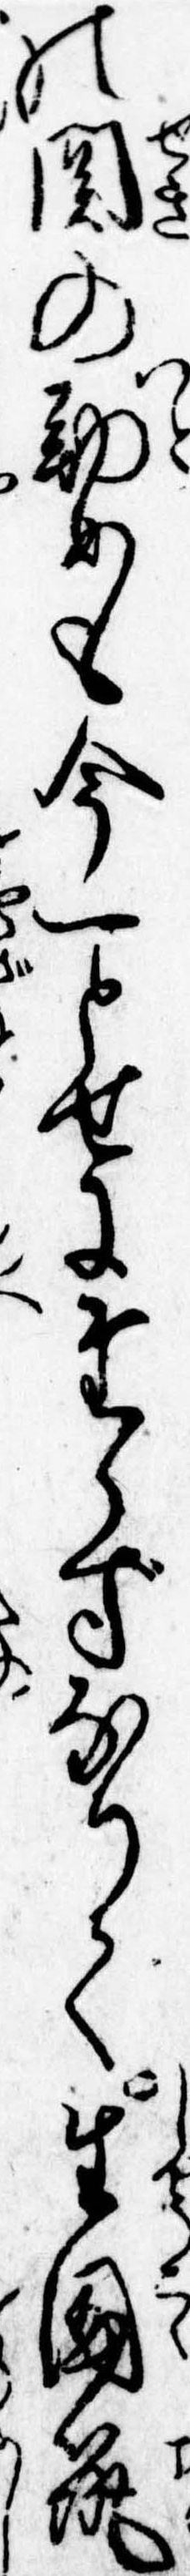
の関の勤めも今一とせにたらずなりて生国筑